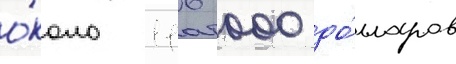
о́коло 116 000 до́лларов